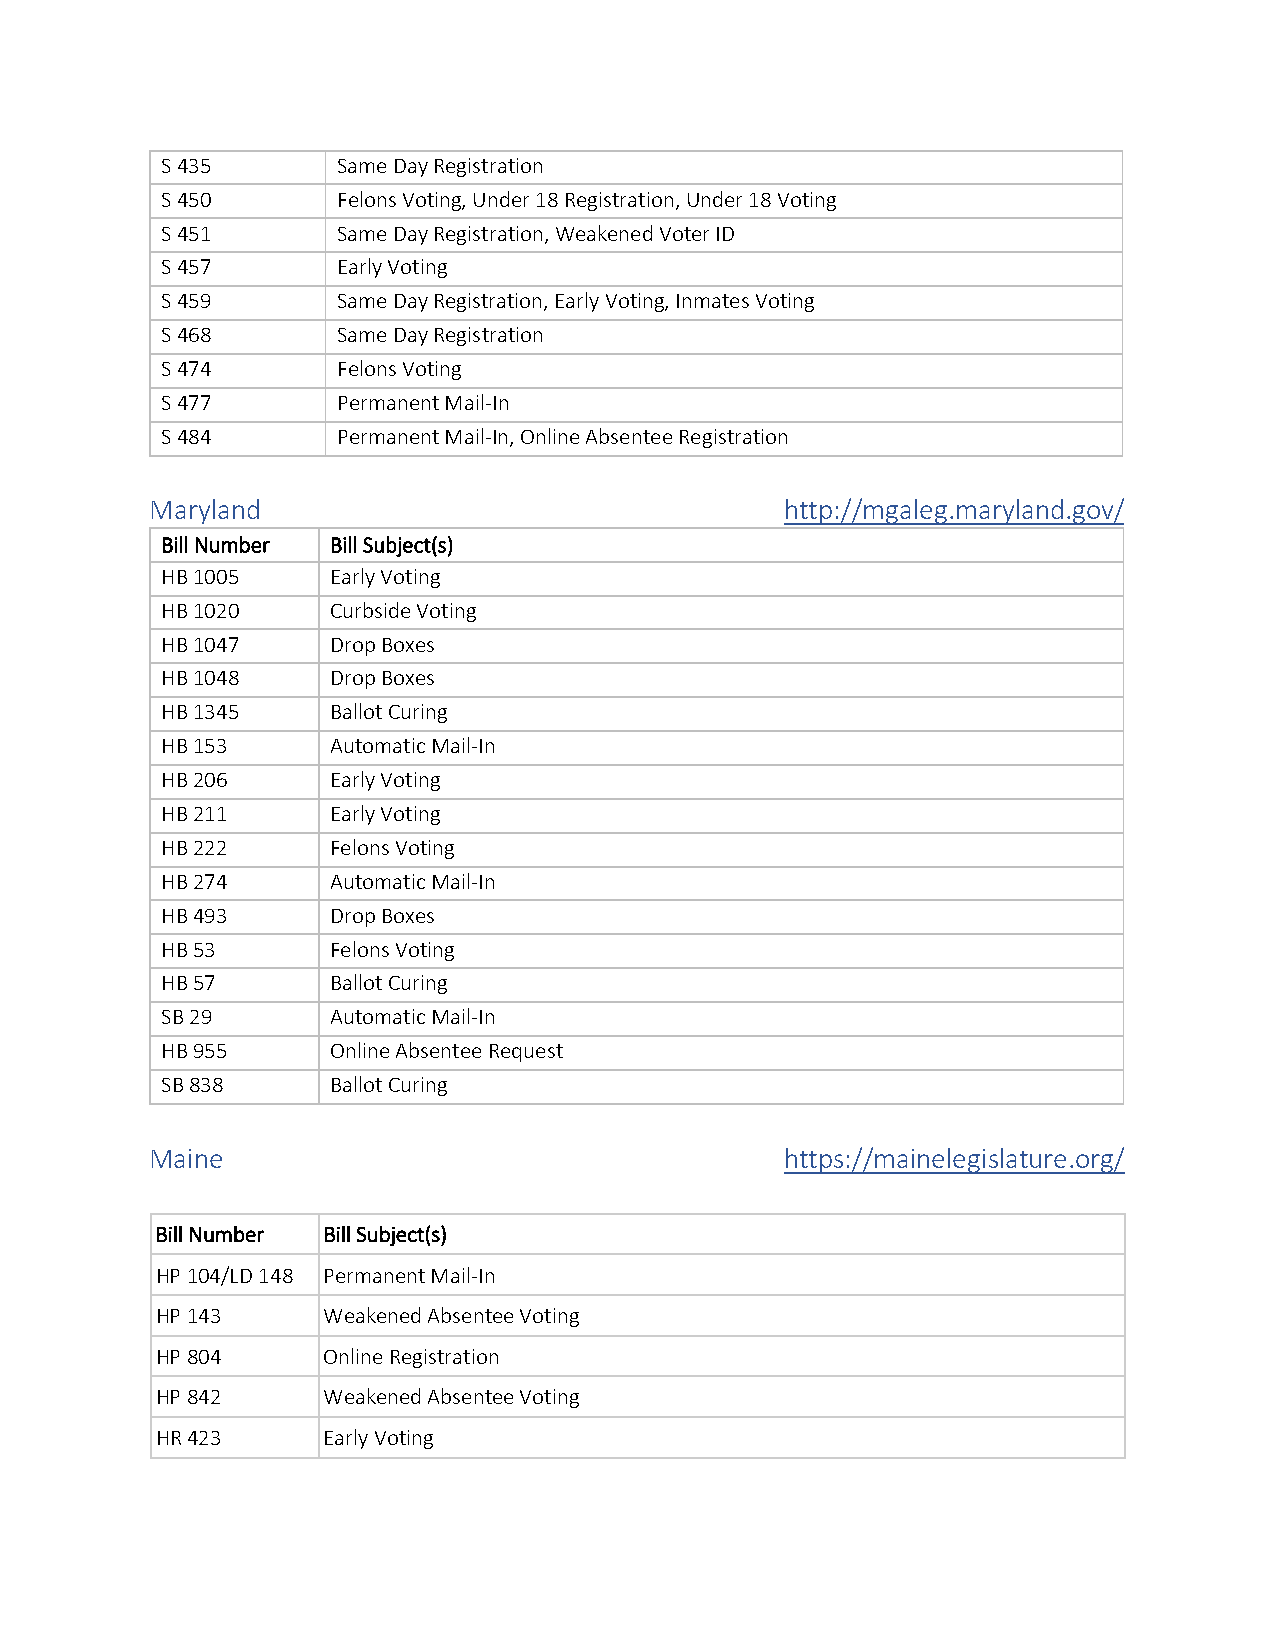
S 435      Same Day Registration
 S 450      Felons Voting, Under 18 Registration, Under 18 Voting
 S 451      Same Day Registration, Weakened Voter ID
 S 457      Early Voting
 S 459      Same Day Registration, Early Voting, Inmates Voting
 S 468      Same Day Registration
 S 474      Felons Voting
 S 477      Permanent Mail-In
 S 484      Permanent Mail-In, Online Absentee Registration
 Maryland                                  http://mgaleg.maryland.gov/
 Bill Number Bill Subject(s)
 HB 1005    Early Voting
 HB 1020    Curbside Voting
 HB 1047    Drop Boxes
 HB 1048    Drop Boxes
 HB 1345    Ballot Curing
 HB 153     Automatic Mail-In
 HB 206     Early Voting
 HB 211     Early Voting
 HB 222     Felons Voting
 HB 274     Automatic Mail-In
 HB 493     Drop Boxes
 HB 53      Felons Voting
 HB 57      Ballot Curing
 SB 29      Automatic Mail-In
 HB 955     Online Absentee Request
 SB 838     Ballot Curing
 Maine                                     https://mainelegislature.org/
 Bill Number Bill Subject(s)
 HP 104/LD 148 Permanent Mail-In
 HP 143     Weakened Absentee Voting
 HP 804     Online Registration
 HP 842     Weakened Absentee Voting
 HR 423     Early Voting